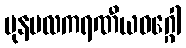
ပုနဗလကရဏီယဝဂ္ဂေါ